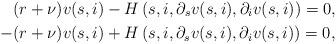
LaTeX: \begin{align*}&(r+\nu)v(s,i)-H\left(s,i,\partial_s v(s,i),\partial_i v(s,i)\right) = 0, \\-&(r+\nu)v(s,i)+H\left(s,i,\partial_s v(s,i),\partial_i v(s,i)\right) = 0, \end{align*}